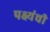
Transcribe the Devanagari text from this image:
पक्ष्यंची